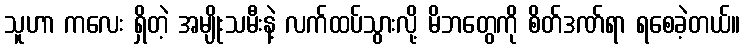
သူဟာ ကလေး ရှိတဲ့ အမျိုးသမီးနဲ့ လက်ထပ်သွားလို့ မိဘတွေကို စိတ်ဒဏ်ရာ ရစေခဲ့တယ်။